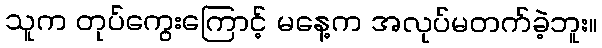
သူက တုပ်ကွေးကြောင့် မနေ့က အလုပ်မတက်ခဲ့ဘူး။